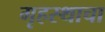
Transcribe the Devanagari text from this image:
गृहस्थाचा